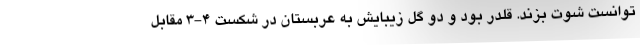
‌توانست شوت بزند. قلدر بود و دو گل زیبایش به عربستان در شکست 4-3 مقابل